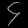
Digit: ၄